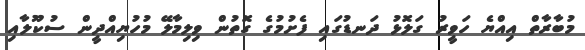
މުބާރާތް އިއްޔެ ހަވީރު ގަލޮޅު ދަނޑުގައި ފެށުމުގެ ގޮތުން ވިލިމާލޭ މުހުޔިއްދީން ސުކޫލާއި